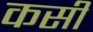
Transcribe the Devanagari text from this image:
कसीं